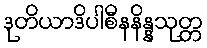
ဒုတိယာဒိပါစီနနိန္နသုတ္တ